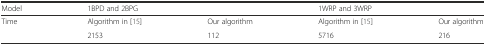
<table><thead><tr><td><b>Model</b></td><td colspan="2"><b>1BPD and 2BPG</b></td><td colspan="2"><b>1WRP and 3WRP</b></td></tr></thead><tbody><tr><td rowspan="2">Time</td><td>Algorithm in [15]</td><td>Our algorithm</td><td>Algorithm in [15]</td><td>Our algorithm</td></tr><tr><td>2153</td><td>112</td><td>5716</td><td>216</td></tr></tbody></table>